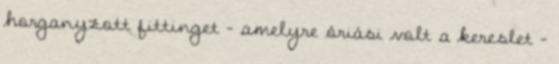
horganyzott fittinget – amelyre óriási volt a kereslet –